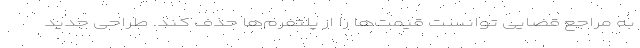
به مراجع قضایی توانست قیمت‌ها را از پلتفرم‌ها حذف کند. طراحی جدید